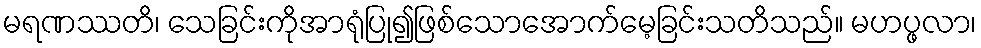
မရဏဿတိ၊ သေခြင်းကိုအာရုံပြု၍ဖြစ်သောအောက်မေ့ခြင်းသတိသည်။ မဟပ္ဖလာ၊